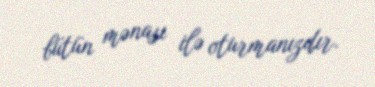
bütün mənası ilə oturmanızdır.